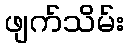
ဖျက်သိမ်း